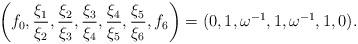
LaTeX: \begin{align*}\left(f_0,\frac{\xi _1}{\xi _2},\frac{\xi _2}{\xi _3},\frac{\xi _3}{\xi _4},\frac{\xi _4}{\xi _5},\frac{\xi _5}{\xi _6},f_6\right)=(0,1,\omega ^{-1},1,\omega ^{-1},1,0).\end{align*}